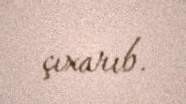
çıxarıb.